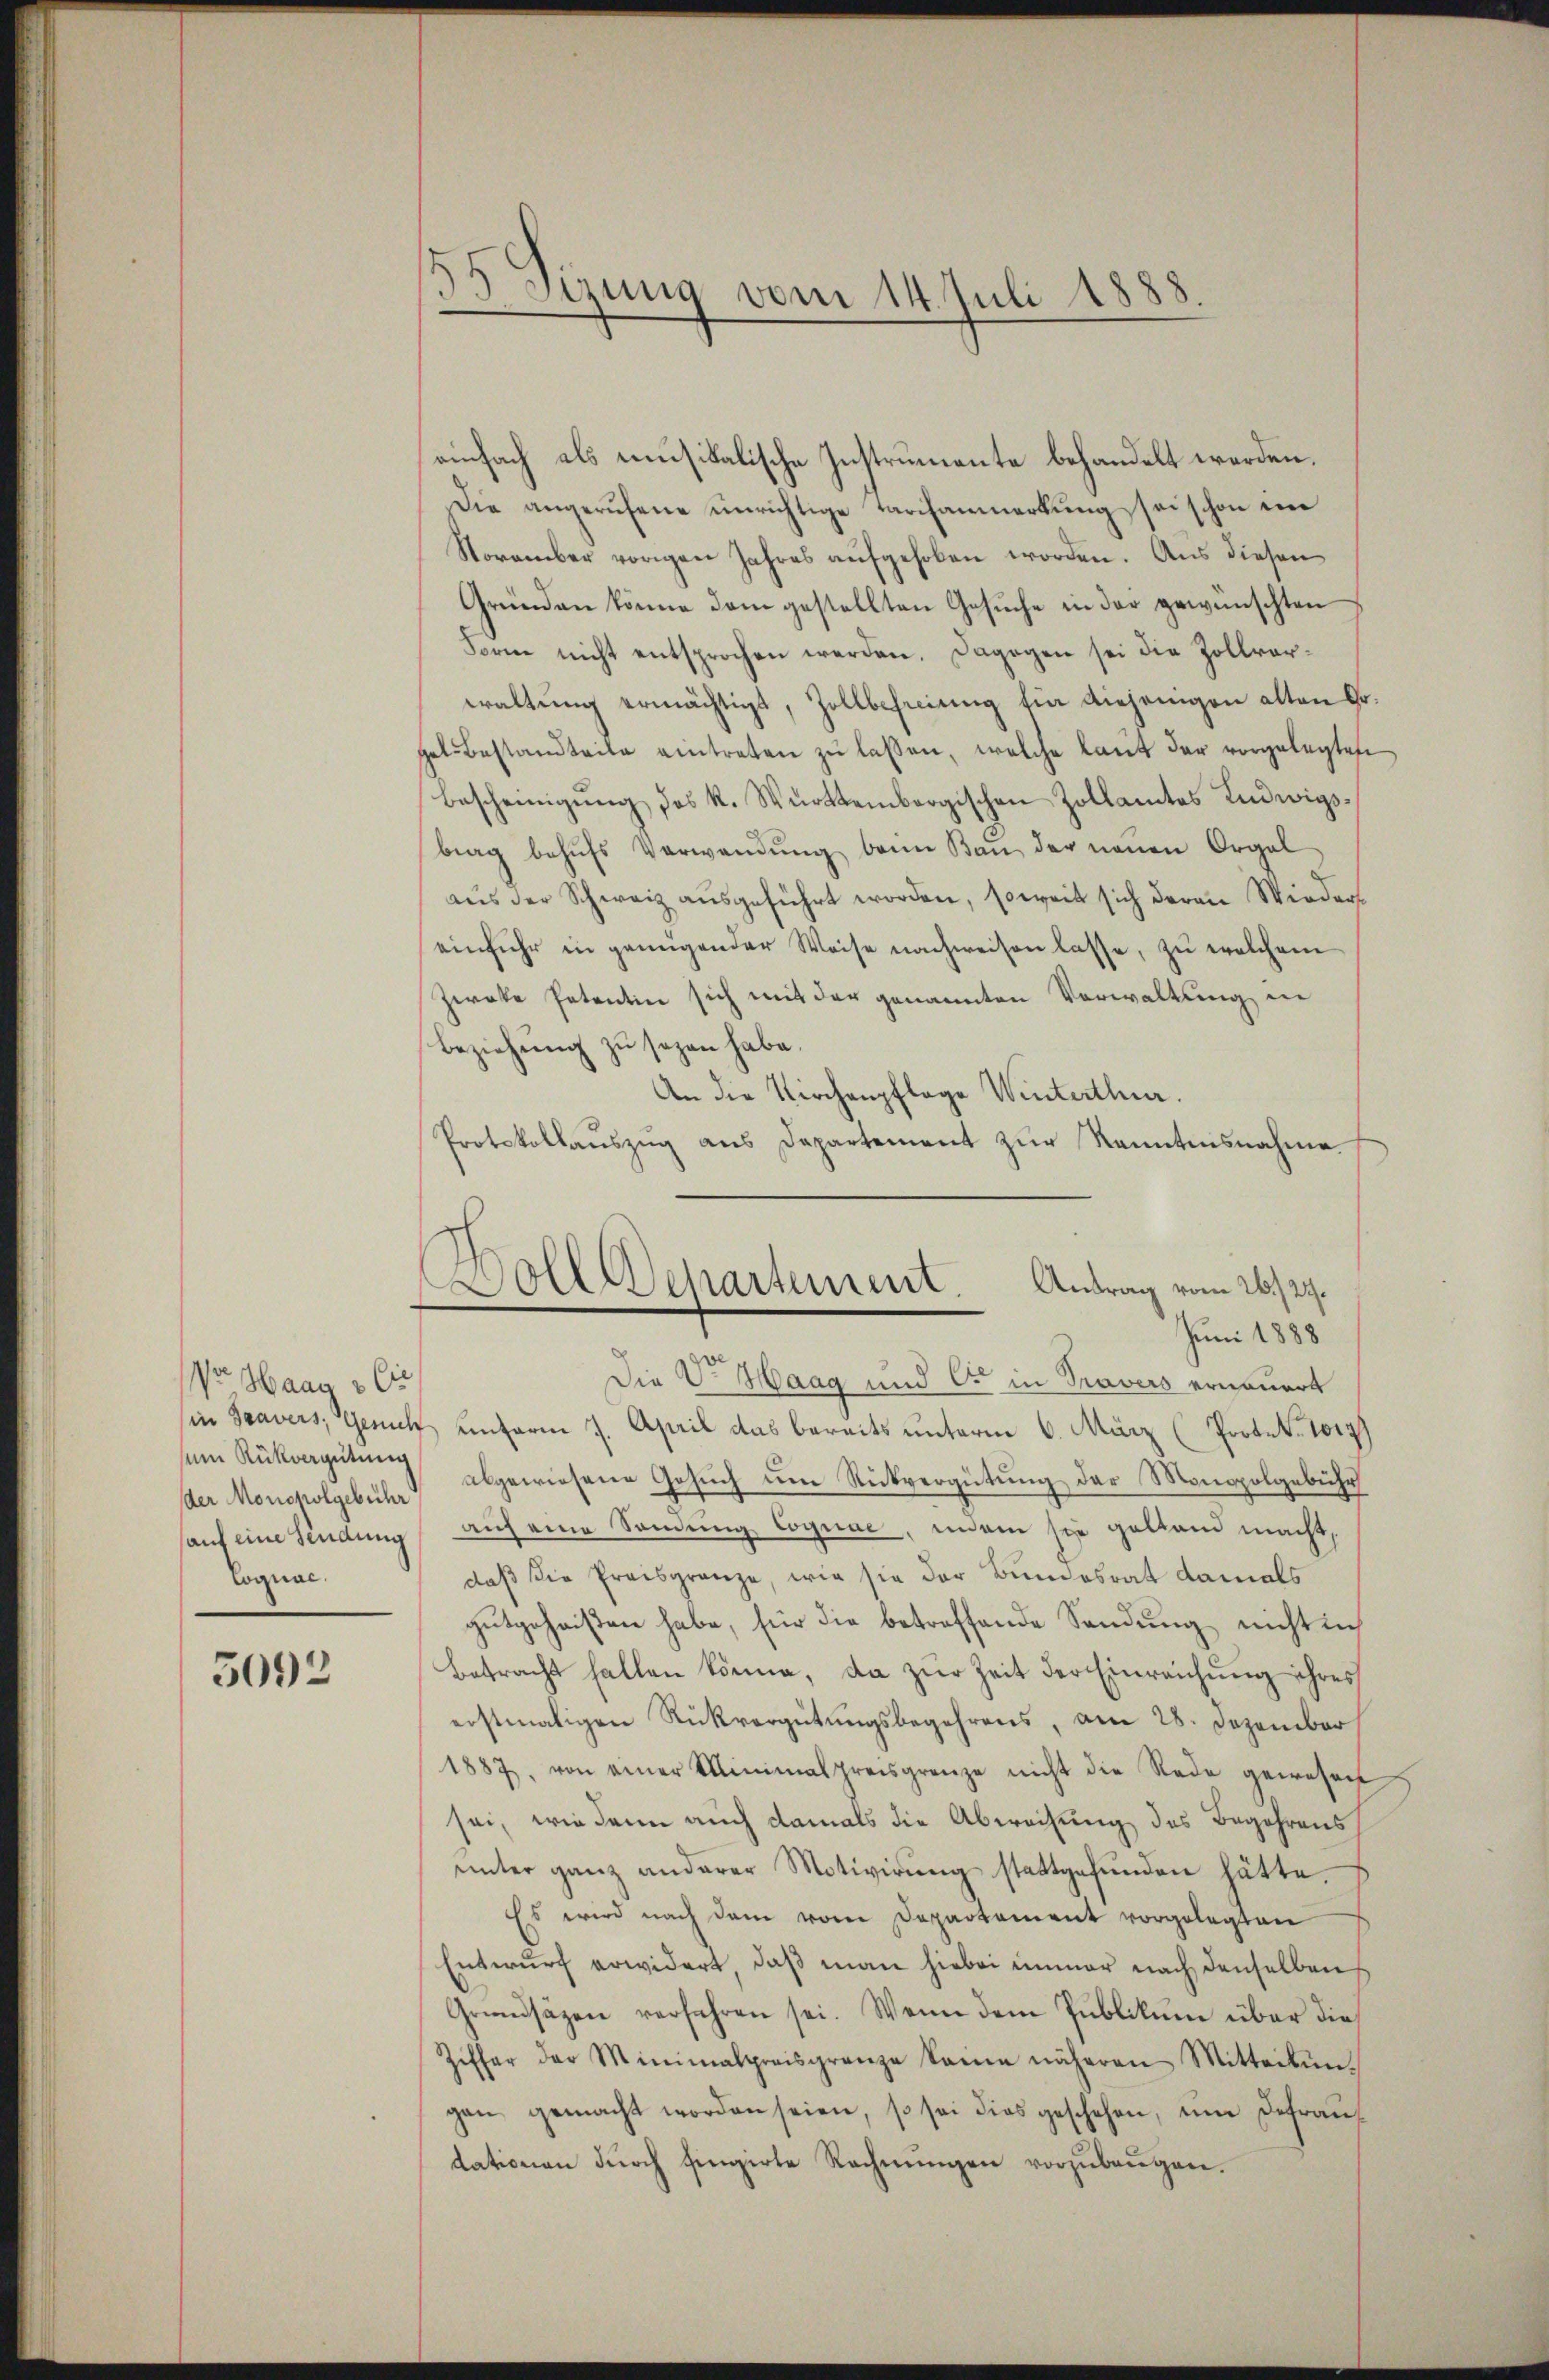
Vo Haag 3 Ci
sein Rückvergütung
der Monsholgebühr
auf eine Findung
Cognac.

5092

55 Sizung vom 14. Juli 1888.

einfach als musikalische Instrumente behandelt werden,
Die angerufene unrichtige Tarifanmerkung sei schon im
November vorigen Jahres aufgehoben worden. Aus diesen
Gründen könne dem gestellten Gesuche in der gewünschten
Form nicht entsprochen werden. Dagegen sei die Zollverwaltŭng ermächtigt, Zollbefreiung fin diejenigen alten Gr.
hal bestandteile eintreten zŭ lassen, welche laut der vorgelegten
Bescheinigung des K. Württembergischen Zollamtes Ludwigsbrag behŭfs Verwandŭng beim Baŭ der neŭen Orgel
aus der Schweiz ausgeführt worden, soweit sich deren Wiedereinfuhr in genügender Weise nachweisen lasse, zu welchem
Zwote Petentin sich mit der genannten Verwaltung in
Beziehung zu sagen habe.
An die Kirchenpflege Winterthur.
Protokollaŭszŭg ans Departement zŭr Kenntnisnahme
Die V. Haag und er in Travers erneuert
sin Travers, Gesich unterm 7. April das bereits unterm 6. März (Portet. 1017)
abgewiesene Gesuch um Rückvergütung der Monopolgebühr
auf eine Sondung Cognae, indem sie geltend macht,
daß die Preisgränze, wie sie der Bundesrat damals
gutgeheißen habe, für die betreffende Sendung nicht sich
Betracht halten könne, da zur Zeit der Einreichung ihres
erstmaligen Rückvergütungsbegehrens, am 28. Dezember
1887, von einer Minimalpreisgrenze nicht die Rede gewesen,
sei, wie dann auch damals die Abwechung des Begehrens
ŭnter ganz anderer Motivirŭng stattgefŭnden hätte.
Es wird nach dem vom Departement vorgelegten
Entwurf erwidert, daß man hiebei immer nach denselben
Grundsätzen verfahren sei. Wenn dem Publikum über die
Ziffer der Minimalpreisgrenze keine näheren Mitteilŭn
gan gemacht worden seien, so sei dies geschehen, ŭm defrau
dationen dŭrch fingirte Rechnŭngen vorzŭbeŭgen.

Soll Departement. Antrag vom 26./29.
Juni 1888